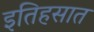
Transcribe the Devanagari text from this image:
इतिहसात